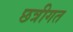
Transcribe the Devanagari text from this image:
छत्रीगत